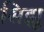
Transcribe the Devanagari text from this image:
सिझू